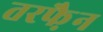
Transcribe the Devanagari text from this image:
तरफै़न